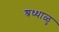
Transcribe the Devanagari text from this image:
श्रध्धाळु